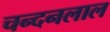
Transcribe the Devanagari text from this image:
चन्दनलाल